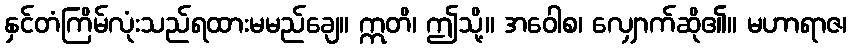
နှင်တံကြိမ်လုံးသည်ရထားမမည်ချေ။ ဣတိ၊ ဤသို့။ အဝေါစ၊ လျှောက်ဆို၏။ မဟာရာဇ၊